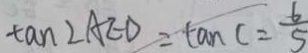
\tan \angle A E D = \tan C = \frac { 6 } { 5 }